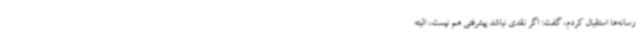
رسانه‌ها استقبال کردم، گفت: اگر نقدی نباشد پیشرفتی هم نیست، البته